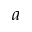
a